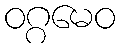
ဝဂ္ဂမေဝ